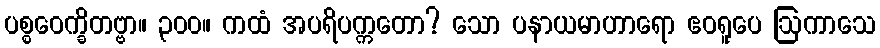
ပစ္စဝေက္ခိတဗ္ဗာ။ ၃၀၀။ ကထံ အပရိပက္ကတော? သော ပနာယမာဟာရော ဧဝရူပေ ဩကာသေ